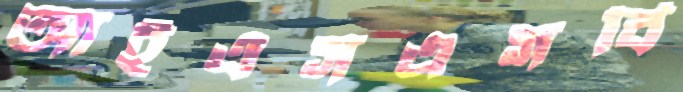
আইএসএসবি